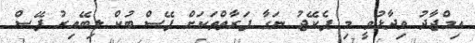
އިމްޖާދު ވިދާޅުވީ މި ޕެކޭޖު ނަގާ ފަރާތްތަކަށް ފޭސް ބުކް ލިބޭއިރު ފޭސް